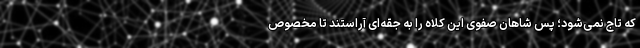
که تاج نمی‌شود؛ پس شاهان صفوی این کلاه را به جقه‌ای آراستند تا مخصوص